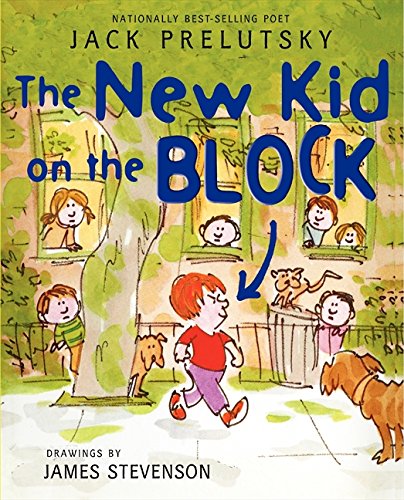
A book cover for The New Kid on the Block; Jack Prelutsky; Children's Books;